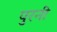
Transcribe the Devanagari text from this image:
पुरनी